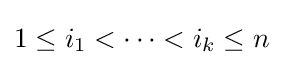
1\leq i_{1}<\dots <i_{k}\leq n